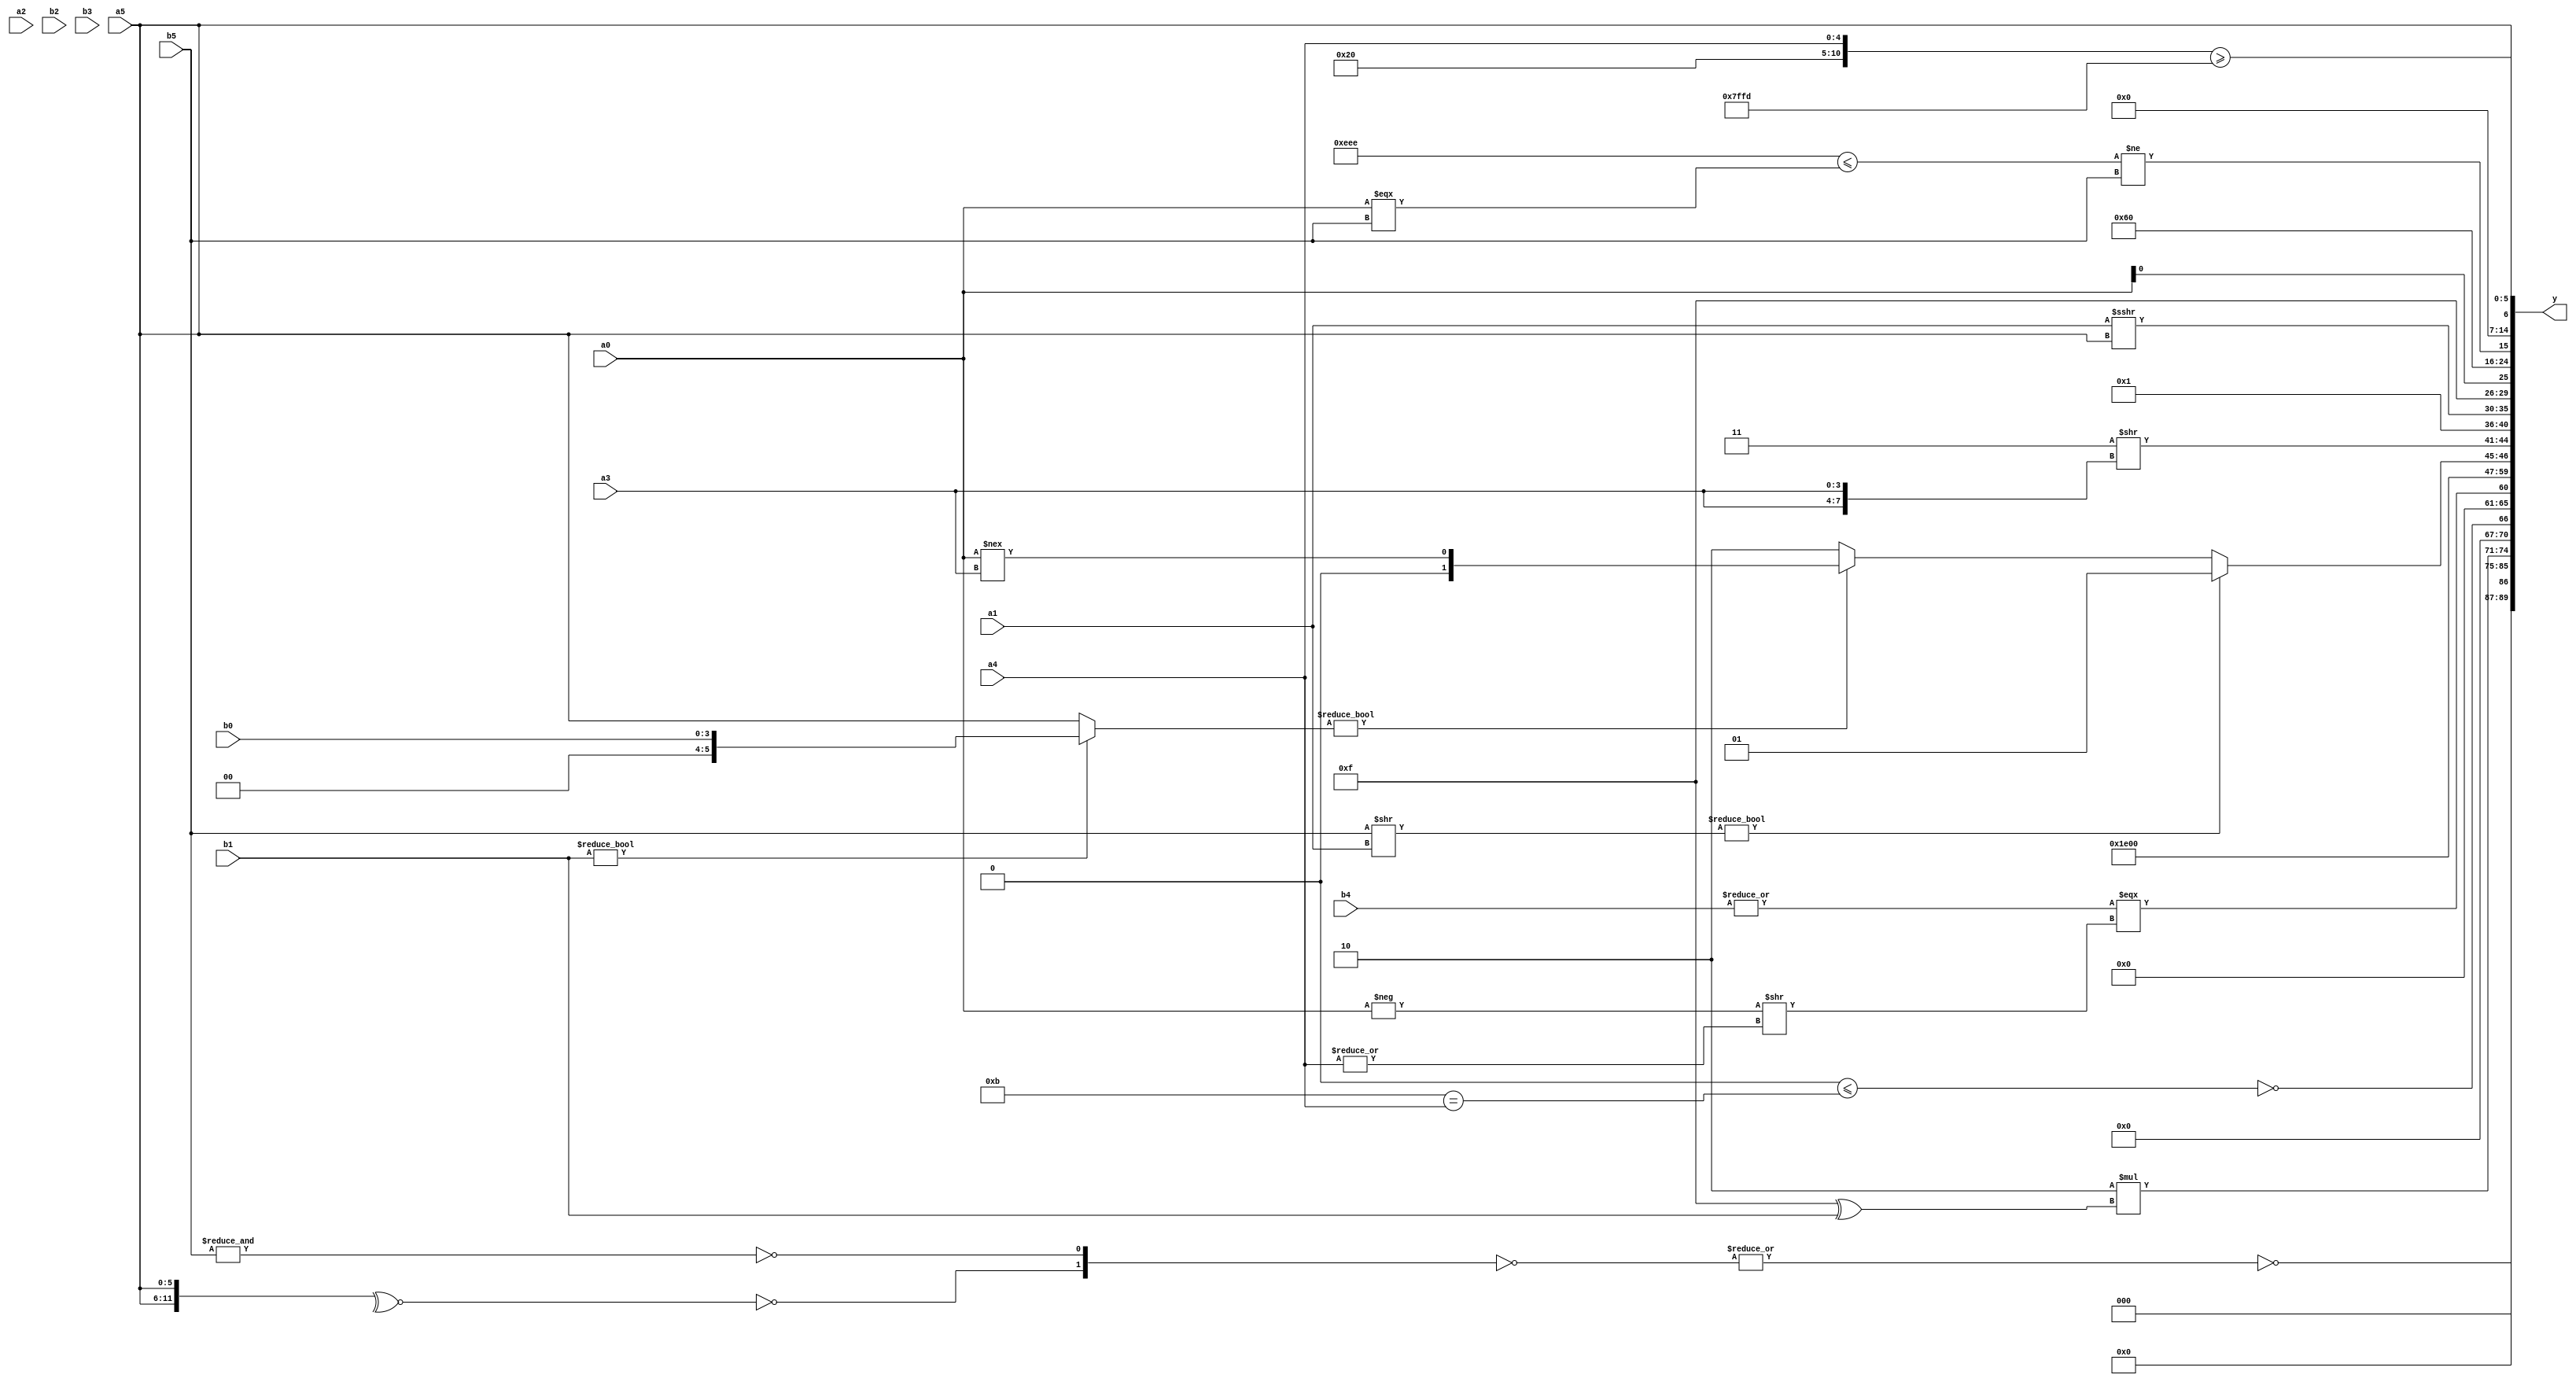
module expression_00909(a0, a1, a2, a3, a4, a5, b0, b1, b2, b3, b4, b5, y);
  input [3:0] a0;
  input [4:0] a1;
  input [5:0] a2;
  input signed [3:0] a3;
  input signed [4:0] a4;
  input signed [5:0] a5;

  input [3:0] b0;
  input [4:0] b1;
  input [5:0] b2;
  input signed [3:0] b3;
  input signed [4:0] b4;
  input signed [5:0] b5;

  wire [3:0] y0;
  wire [4:0] y1;
  wire [5:0] y2;
  wire signed [3:0] y3;
  wire signed [4:0] y4;
  wire signed [5:0] y5;
  wire [3:0] y6;
  wire [4:0] y7;
  wire [5:0] y8;
  wire signed [3:0] y9;
  wire signed [4:0] y10;
  wire signed [5:0] y11;
  wire [3:0] y12;
  wire [4:0] y13;
  wire [5:0] y14;
  wire signed [3:0] y15;
  wire signed [4:0] y16;
  wire signed [5:0] y17;

  output [89:0] y;
  assign y = {y0,y1,y2,y3,y4,y5,y6,y7,y8,y9,y10,y11,y12,y13,y14,y15,y16,y17};

  localparam [3:0] p0 = ({(3'd1),(3'd6),(2'd0)}^~(((4'sd1)?(3'sd3):(-2'sd1))-{(-2'sd1),(5'd12),(3'd7)}));
  localparam [4:0] p1 = (((+(-3'sd0))&{2{(-5'sd2)}})<<(-((+(2'sd1))<=(^(5'd12)))));
  localparam [5:0] p2 = (-3'sd3);
  localparam signed [3:0] p3 = ({(~|(4'd7)),{(5'd10),(3'd7),(5'd31)}}<<<{(|((5'd5)&(-5'sd9)))});
  localparam signed [4:0] p4 = (4'd2 * ((5'd29)!==(5'd20)));
  localparam signed [5:0] p5 = ((5'd13)<<<(-4'sd5));
  localparam [3:0] p6 = (-3'sd1);
  localparam [4:0] p7 = ((^(-((3'd0)?(5'd7):(4'd13))))==(((5'd21)>>>(3'd2))|(^(5'd31))));
  localparam [5:0] p8 = {(3'd6),(-4'sd4),(5'sd3)};
  localparam signed [3:0] p9 = (5'sd2);
  localparam signed [4:0] p10 = (-(~^(~{(2'd2)})));
  localparam signed [5:0] p11 = {4{(-5'sd0)}};
  localparam [3:0] p12 = (((((4'd7)%(4'd7))*((-2'sd1)*(2'd2)))&(((4'sd0)===(5'sd4))!==((2'd1)!=(3'd5))))^((((5'd6)>(-5'sd3))!=((-2'sd1)|(-5'sd6)))<(((4'sd6)<(4'd10))==((3'd5)>>>(5'sd10)))));
  localparam [4:0] p13 = {(~(((2'sd0)>=(2'd0))==((3'd7)>(5'd12)))),{((-5'sd14)>>>(3'sd1)),((4'sd3)>=(5'sd9))}};
  localparam [5:0] p14 = {1{(-(((2'sd0)==(2'd3))!=((4'sd7)>>(4'd15))))}};
  localparam signed [3:0] p15 = (+((-5'sd0)?(~(5'sd10)):((4'd8)<=(-5'sd6))));
  localparam signed [4:0] p16 = (!((((5'sd10)?(4'd0):(3'd5))?(~^(-5'sd13)):(~&(4'd10)))?(&((4'd9)?(2'd3):(5'd27))):((~&(3'sd0))?((2'd0)?(-5'sd15):(-2'sd1)):((2'sd1)?(4'd15):(2'd0)))));
  localparam signed [5:0] p17 = (((6'd2 * (5'd13))<<(~(4'sd2)))<=(|((2'sd0)^~(5'd24))));

  assign y0 = (|(~{(+(|(~{{{(!(~^{a5,a5})),(|(~&(+b5)))}}})))}));
  assign y1 = {(~&(3'd7))};
  assign y2 = (|(~|(-(((~^(p8!=p3))==(|(|{1{p1}})))|(~|$unsigned({3{(5'd2 * p2)}}))))));
  assign y3 = (6'd2 * (p6^b1));
  assign y4 = (($signed((p16<<p2))<=($signed(p0)==$signed(a4)))!=((-4'sd5)>=(3'd7)));
  assign y5 = (+(^(~(!((~^$unsigned((~|(b4))))===((-a0)>>(|a4)))))));
  assign y6 = $signed((^(4'd13)));
  assign y7 = ((3'sd1)>(5'd18));
  assign y8 = (((b3!=p13)?(b5>>a1):(a0>>a4))?((-3'sd3)!==(-4'sd0)):((b1?b0:a5)?(a0!==a3):(4'sd2)));
  assign y9 = ((2'd3)>>{2{$signed(a3)}});
  assign y10 = (~&(((a2!=b3)!==(5'sd12))?(4'sd7):(4'd5)));
  assign y11 = (a1>>>a5);
  assign y12 = {1{({4{p6}}+{2{p11}})}};
  assign y13 = {{{(5'd6),{(a0||a1),{a4,a0}}}},{$signed({(4'd3)})}};
  assign y14 = (({3{p3}}<=(a0===b5))!={1{($signed(b5))}});
  assign y15 = ((p6&&p0)<<<{1{p3}});
  assign y16 = ({p16,p1,a4}>=(-3'sd3));
  assign y17 = {{{b0},{b1,b2,a4},$unsigned(a0)},{{{a3,b5}},$signed($signed(a2))},$signed({{b1},{p10,b0},{b1,a3,a5}})};
endmodule